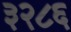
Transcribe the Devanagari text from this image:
३२८६